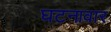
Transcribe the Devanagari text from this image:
घटनावार